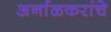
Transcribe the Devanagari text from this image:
अर्नाळकरांचे